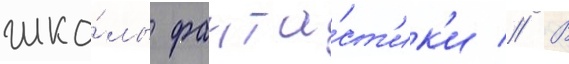
шко́лы фанта́ст'ик'и // В